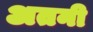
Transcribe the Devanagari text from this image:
अतनी